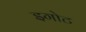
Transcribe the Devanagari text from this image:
इगोट